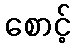
စောင့်